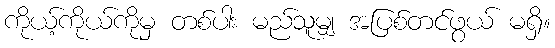
ကိုယ့်ကိုယ်ကိုမှ တစ်ပါး မည်သူမျှ အပြစ်တင်ဖွယ် မရှိ။